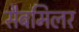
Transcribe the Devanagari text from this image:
सैबमिलर